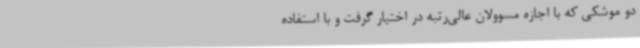
دو موشکی که با اجازه مسوولان عالی‌رتبه در اختیار گرفت و با استفاده